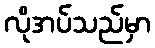
လိုအပ်သည်မှာ